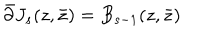
LaTeX: \bar { \partial } J _ { s } ( z , \bar { z } ) = B _ { s - 1 } ( z , \bar { z } )